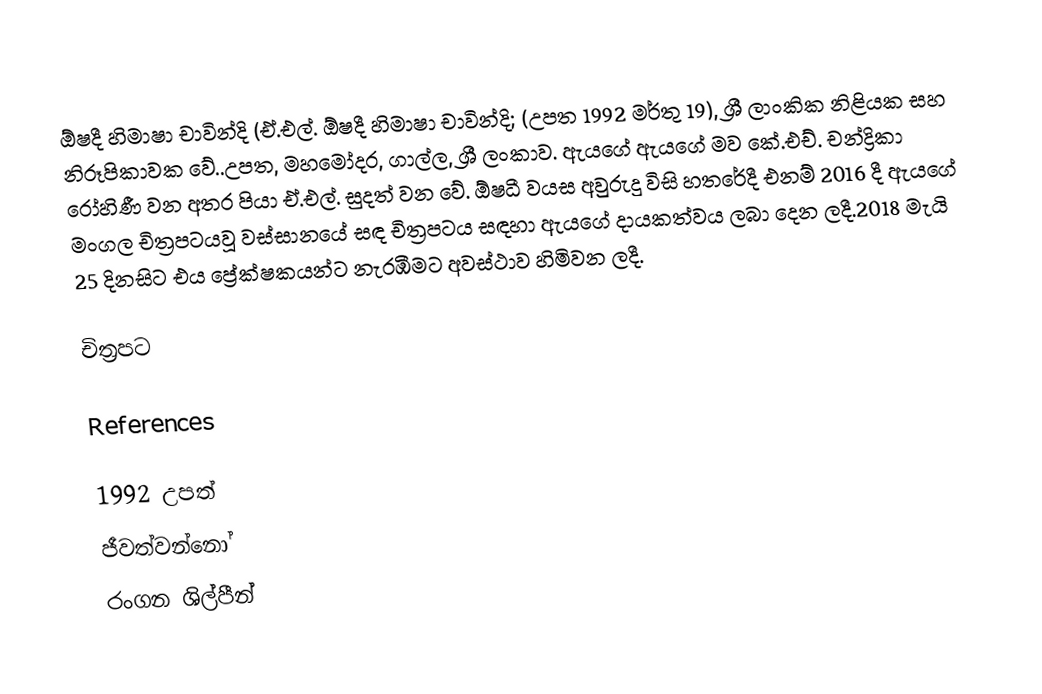
ඕෂදී හිමාෂා චාවින්දි (ඒ.එල්.  ඕෂදී හිමාෂා චාවින්දි; (උපත 1992 මර්තු 19), ශ්‍රී ලාංකික නිළියක සහ නිරූපිකාවක වේ..උපත, මහමෝදර, ගාල්ල, ශ්‍රී ලංකාව. ඇයගේ ඇයගේ මව කේ.එච්. චන්ද්‍රිකා රෝහිණී  වන අතර පියා ඒ.එල්. සුදත් වන වේ. ඕෂධී වයස අවුරුදු විසි හතරේදී  එනම් 2016 දී ඇයගේ මංගල චිත්‍රපටයවූ වස්සානයේ සඳ චිත්‍රපටය සඳහා ඇයගේ දායකත්වය ලබා දෙන ලදී.2018 මැයි 25 දිනසිට එය ප්‍රේක්ෂකයන්ට නැරඹීමට අවස්ථාව හිමිවන ලදී.

චිත්‍රපට

References

 1992 උපත්
ජීවත්වන්නෝ
රංගන ශිල්පීන්